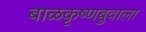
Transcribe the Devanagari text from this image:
बाळकृष्णबुवाला